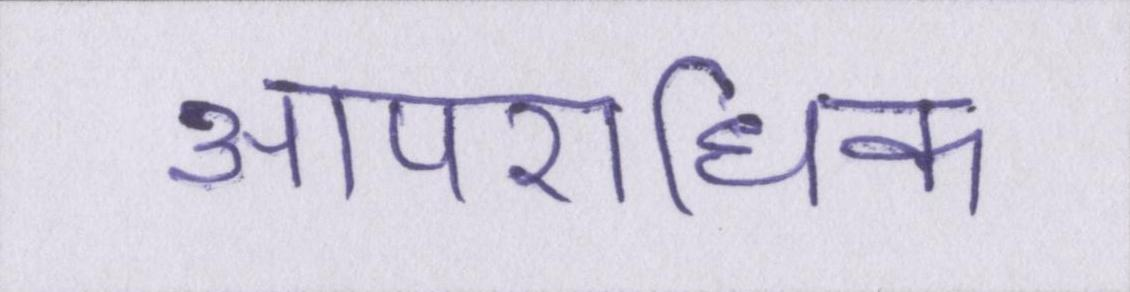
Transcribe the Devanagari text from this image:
आपराधिक